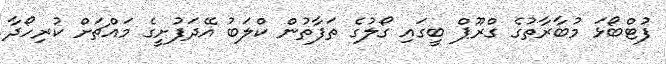
ފުޓްބޯޅަ މުބާރާތުގެ ގްރޫޕް ބީގައި ގޯލުގެ ތަފާތުން ކްލަބު އޭދަފުށީގެ މައްޗަށް ކުރިހޯދާ